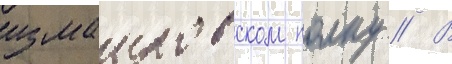
измаиловском полку // В